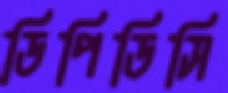
ডিপিডিসি